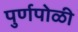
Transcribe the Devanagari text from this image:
पुर्णपोळी